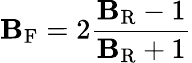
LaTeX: \mathbf{B}_{\mathrm{{F}}}=2{\frac{{\mathbf{B}_{\mathrm{{R}}}-1}}{{\mathbf{B}_{\mathrm{{R}}}+1}}}